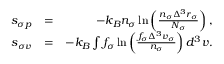
\begin{array} { r l r } { s _ { \sigma p } } & { = } & { - k _ { B } n _ { \sigma } \ln \left( \frac { n _ { \sigma } \Delta ^ { 3 } r _ { \sigma } } { N _ { \sigma } } \right) , } \\ { s _ { \sigma v } } & { = } & { - k _ { B } \int f _ { \sigma } \ln \left( \frac { f _ { \sigma } \Delta ^ { 3 } v _ { \sigma } } { n _ { \sigma } } \right) d ^ { 3 } v . } \end{array}